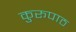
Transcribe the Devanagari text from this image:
कुरूपाठ